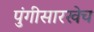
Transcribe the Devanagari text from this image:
पुंगीसारखेच